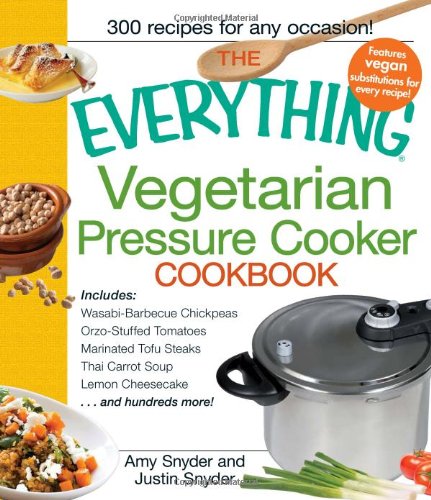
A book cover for The Everything Vegetarian Pressure Cooker Cookbook; Amy Snyder; Cookbooks, Food & Wine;